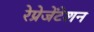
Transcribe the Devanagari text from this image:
रेप्रेजेंटेशन